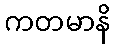
ကတမာနိ